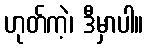
ဟုတ်ကဲ့၊ ဒီမှာပါ။